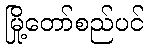
မြို့တော်စည်ပင်